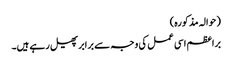
(حوالہ مذکورہ)
براعظم اسی عمل کی وجہ سے برابرپھیل رہے ہیں۔